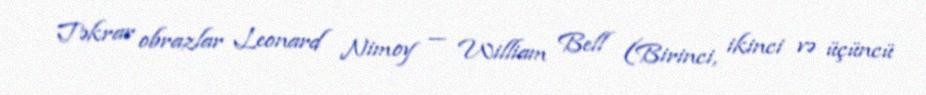
Təkrar obrazlar Leonard Nimoy — William Bell (Birinci, ikinci və üçüncü